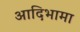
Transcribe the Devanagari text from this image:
आदिभामा